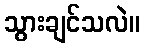
သွားချင်သလဲ။